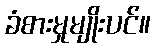
ခံစားမှုမျိုးပင်။